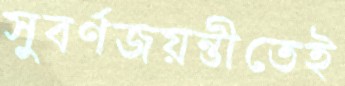
সুবর্ণজয়ন্তীতেই